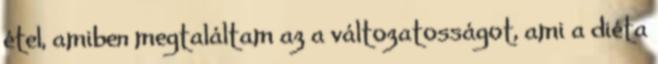
étel, amiben megtaláltam az a változatosságot, ami a diéta